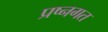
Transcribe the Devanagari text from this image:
प्रष्नगत